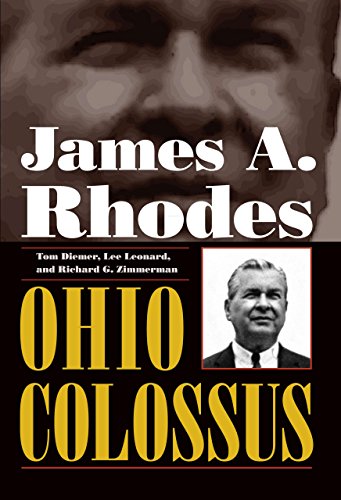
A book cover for James A. Rhodes, Ohio Colossus; Tom Diemer; History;